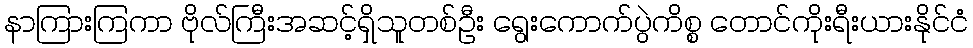
နာကြားကြကာ ဗိုလ်ကြီးအဆင့်ရှိသူတစ်ဦး ရွေးကောက်ပွဲကိစ္စ တောင်ကိုးရီးယားနိုင်ငံ